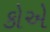
કોએ